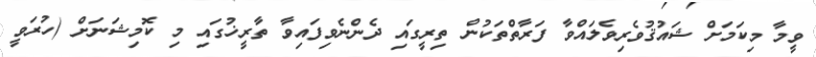
ވީމާ މިކަމަށް ޝައުޤުވެރިވެލައްވާ ފަރާތްތަކުން ތިރީގައި ދެންނެވިފައިވާ ތާރީޚުގައި މި ކޮމިޝަނަށް (ހުރަވީ